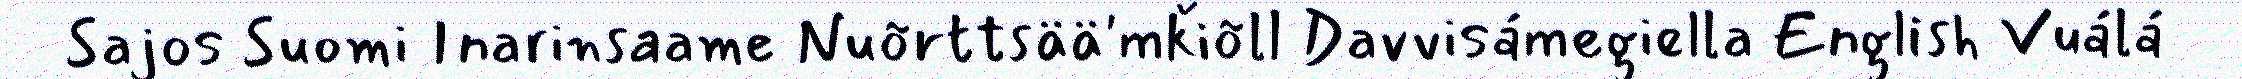
Sajos Suomi Inarinsaame Nuõrttsää'mǩiõll Davvisámegiella English Vuálá